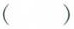
()